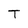
Character: T